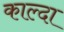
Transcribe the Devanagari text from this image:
काल्दा